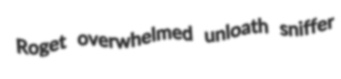
Roget overwhelmed unloath sniffer